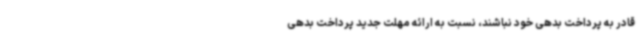
قادر به پرداخت بدهی خود نباشند، نسبت به ارائه مهلت جدید پرداخت بدهی